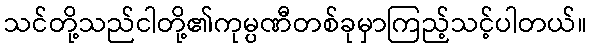
သင်တို့သည်ငါတို့၏ကုမ္ပဏီတစ်ခုမှာကြည့်သင့်ပါတယ်။